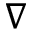
\nabla